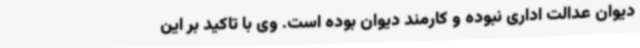
دیوان عدالت اداری نبوده و کارمند دیوان بوده است. وی با تاکید بر این